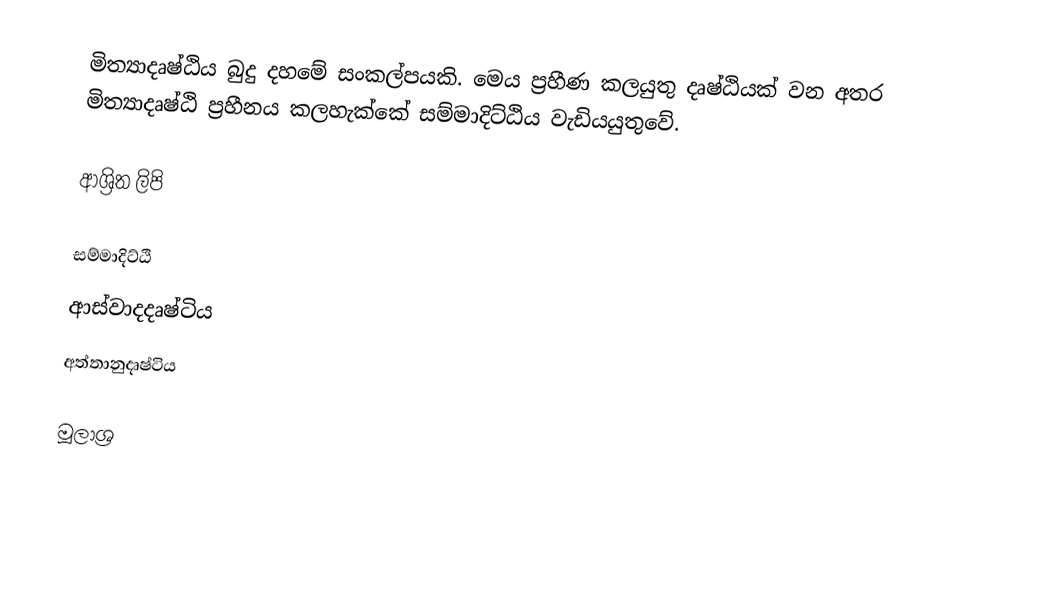
මිත්‍යාදෘෂ්ඨිය බුදු දහමේ සංකල්පයකි. මෙය ප්‍රහීණ කලයුතු දෘෂ්ඨියක් වන අතර මිත්‍යාදෘෂ්ඨි ප්‍රහීනය කලහැක්කේ සම්මාදිට්ඨිය වැඩියයුතුවේ.

ආශ්‍රිත ලිපි

 සම්මාදිට්ඨි
 ආස්වාදදෘෂ්ටිය
 අත්තානුදෘෂ්ටිය

මූලාශ්‍ර